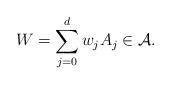
LaTeX: \begin{align*} W=\sum_{j=0}^dw_j A_j\in\mathcal{A}.\end{align*}